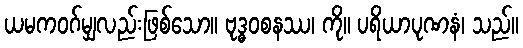
ယမကဝဂ်မျှလည်းဖြစ်သော။ ဗုဒ္ဓဝစနဿ၊ ကို။ ပရိယာပုဏနံ၊ သည်။